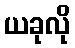
ယခုလို